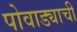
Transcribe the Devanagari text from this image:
पोवाड्याची